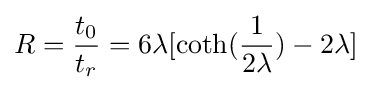
R={\frac {t_{0}}{t_{r}}}=6\lambda [\operatorname {coth} ({\frac {1}{2\lambda }})-2\lambda ]